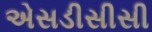
એસડીસીસી